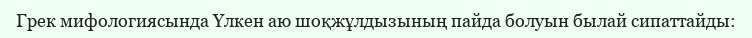
Грек мифологиясында Үлкен аю шоқжұлдызының пайда болуын былай сипаттайды: